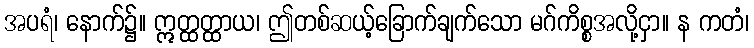
အပရံ၊ နောက်၌။ ဣတ္ထတ္ထာယ၊ ဤတစ်ဆယ့်ခြောက်ချက်သော မဂ်ကိစ္စအလို့ငှာ။ န ကတံ၊